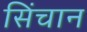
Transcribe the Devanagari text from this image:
सिंचान